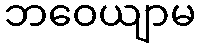
ဘဝေယျာမ